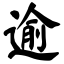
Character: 逾